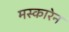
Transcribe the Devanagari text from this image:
मस्कारेन